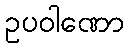
ဥပဝါဏော